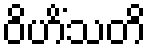
ဝိဟိံသတိ